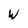
Character: w